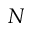
\boldsymbol { N }